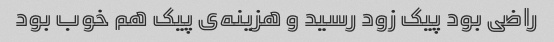
راضی بود پیک زود رسید و هزینه‌ی پیک هم خوب بود